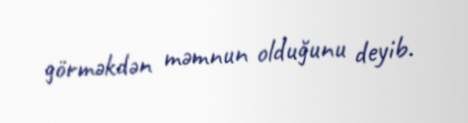
görməkdən məmnun olduğunu deyib.